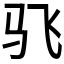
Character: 𮹂